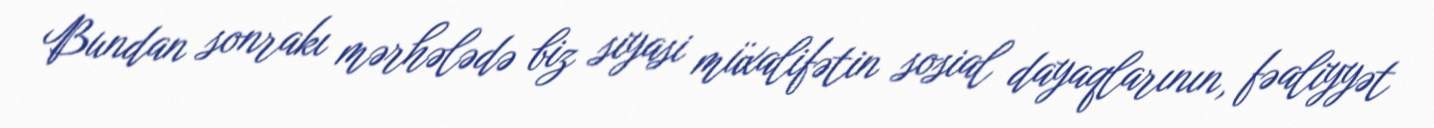
Bundan sonrakı mərhələdə biz siyasi müxalifətin sosial dayaqlarının, fəaliyyət